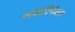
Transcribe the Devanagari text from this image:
भक्तीपेक्षा